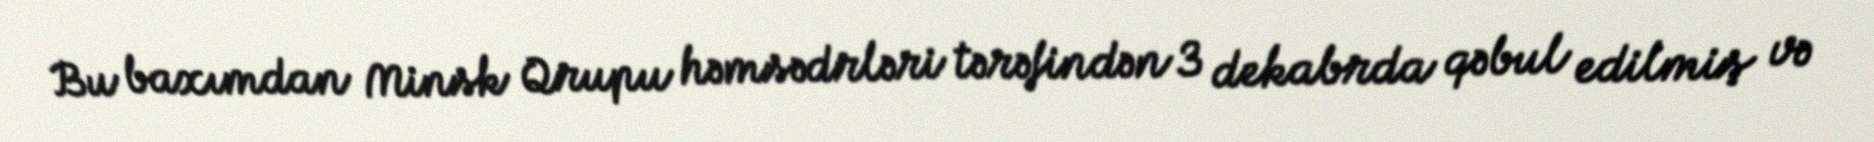
Bu baxımdan Minsk Qrupu həmsədrləri tərəfindən 3 dekabrda qəbul edilmiş və